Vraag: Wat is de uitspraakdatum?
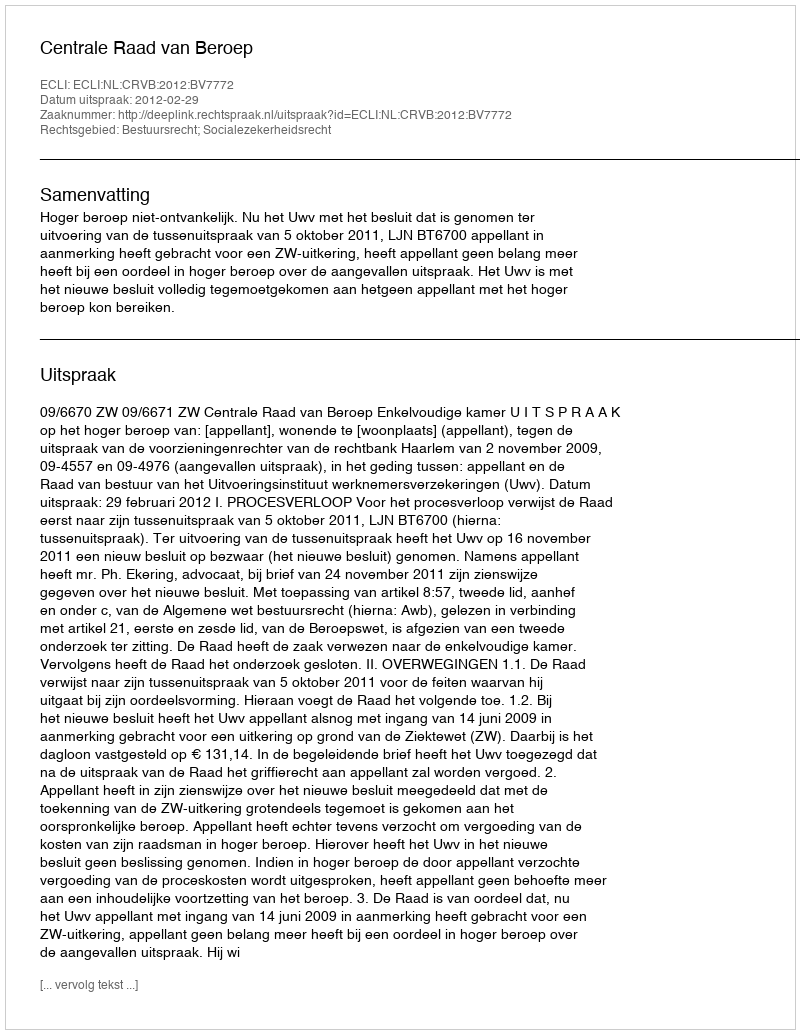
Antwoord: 2012-02-29